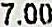
7.00